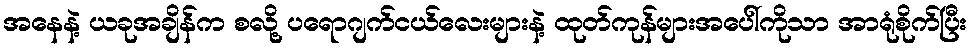
အနေနဲ့ ယခုအချိန်က စလို့ ပရောဂျက်ငယ်လေးများနဲ့ ထုတ်ကုန်များအပေါ်ကိုသာ အာရုံစိုက်ပြီး